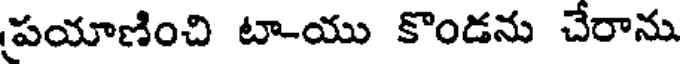
పయాణించి టా-యు కొండను చేరాను